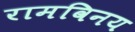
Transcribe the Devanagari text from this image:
रामविनय